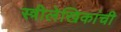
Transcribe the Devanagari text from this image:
स्त्रीलेखिकांची